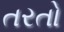
તરતો